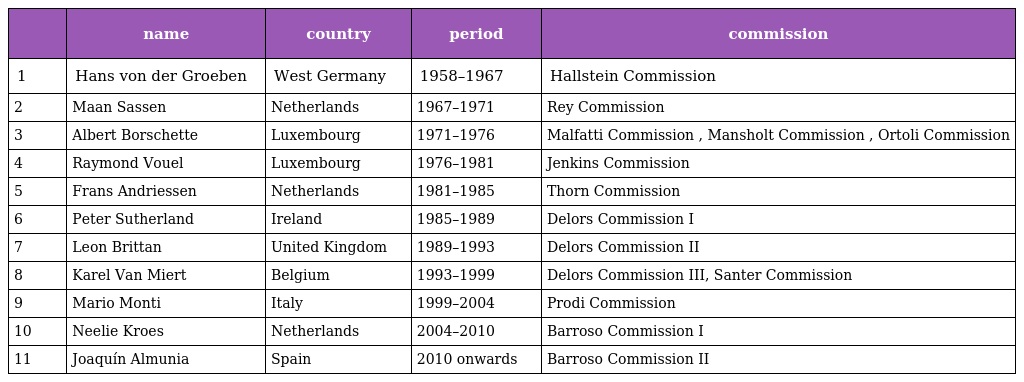
|  | name | country | period | commission |
 | --- | --- | --- | --- | --- |
 | 1 | Hans von der Groeben | West Germany | 1958–1967 | Hallstein Commission |
 | 2 | Maan Sassen | Netherlands | 1967–1971 | Rey Commission |
 | 3 | Albert Borschette | Luxembourg | 1971–1976 | Malfatti Commission , Mansholt Commission , Ortoli Commission |
 | 4 | Raymond Vouel | Luxembourg | 1976–1981 | Jenkins Commission |
 | 5 | Frans Andriessen | Netherlands | 1981–1985 | Thorn Commission |
 | 6 | Peter Sutherland | Ireland | 1985–1989 | Delors Commission I |
 | 7 | Leon Brittan | United Kingdom | 1989–1993 | Delors Commission II |
 | 8 | Karel Van Miert | Belgium | 1993–1999 | Delors Commission III, Santer Commission |
 | 9 | Mario Monti | Italy | 1999–2004 | Prodi Commission |
 | 10 | Neelie Kroes | Netherlands | 2004–2010 | Barroso Commission I |
 | 11 | Joaquín Almunia | Spain | 2010 onwards | Barroso Commission II |